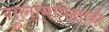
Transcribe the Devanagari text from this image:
गुलामापेक्षाही